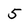
Character: 5